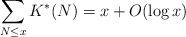
LaTeX: \begin{align*}\sum_{N\le x}K^*(N)=x+O(\log x)\end{align*}